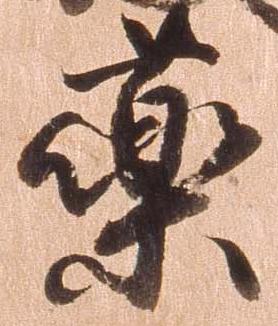
薬